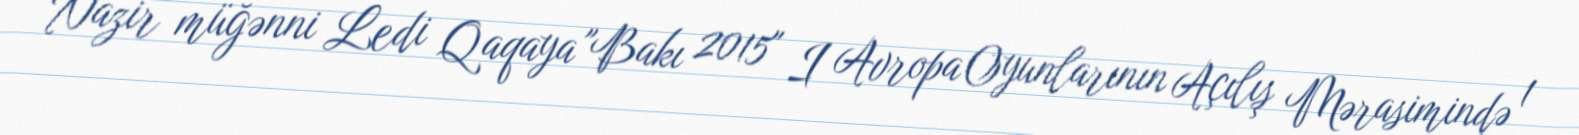
Nazir müğənni Ledi Qaqaya "Bakı 2015" I Avropa Oyunlarının Açılış Mərasimində 1